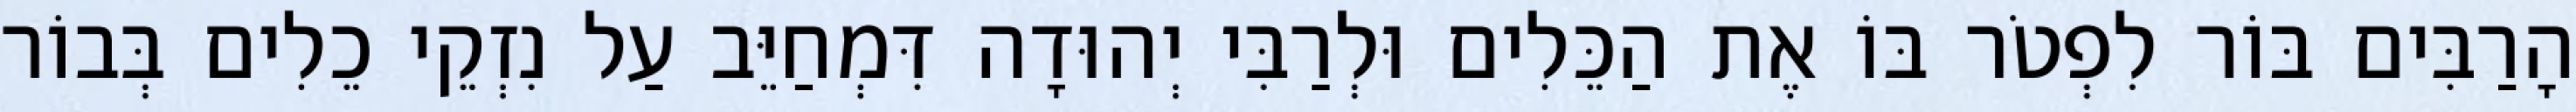
הָרַבִּים בּוֹר לִפְטֹר בּוֹ אֶת הַכֵּלִים וּלְרַבִּי יְהוּדָה דִּמְחַיֵּב עַל נִזְקֵי כֵלִים בְּבוֹר